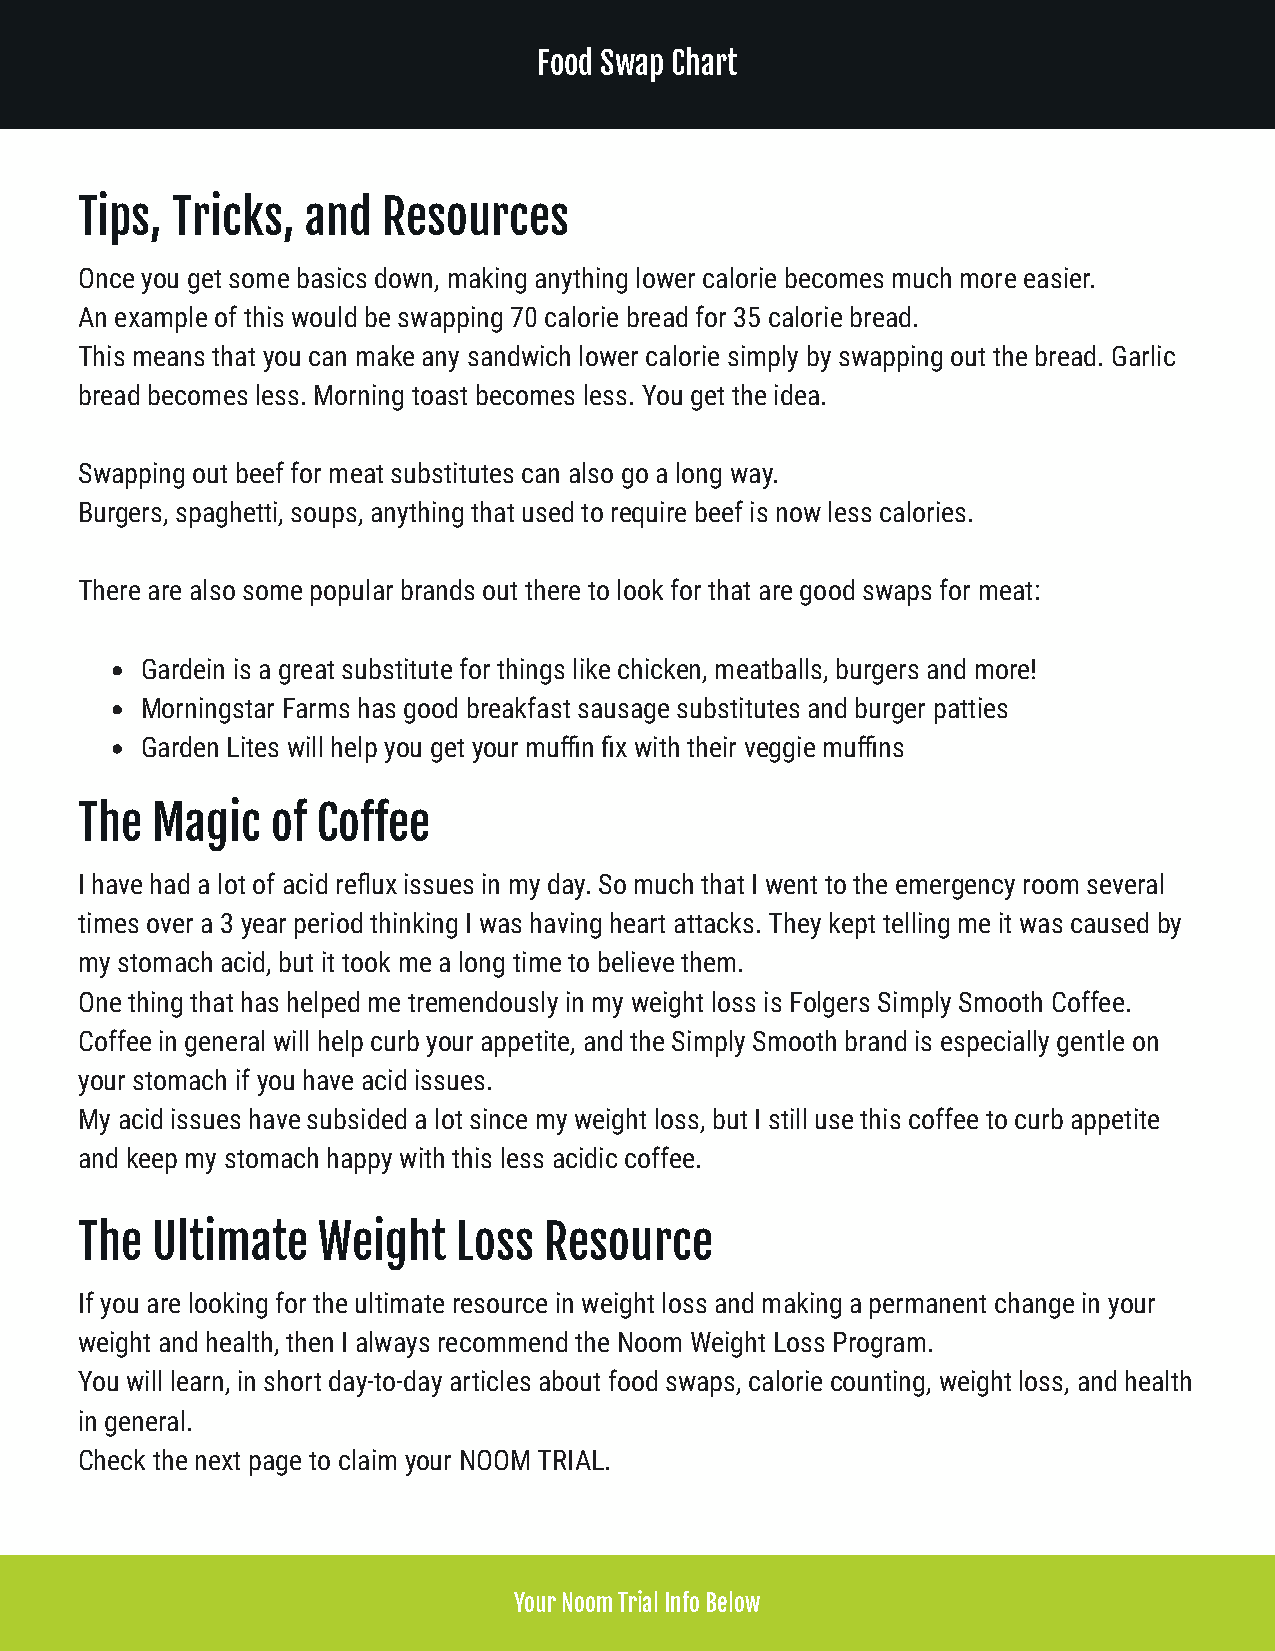
Food Swap Chart
 Tips, Tricks,  and  Resources
 Once you get some basics down, making anything lower calorie becomes much more easier.
 An example of this would be swapping 70 calorie bread for 35 calorie bread.
 This means that you can make any sandwich lower calorie simply by swapping out the bread. Garlic
 bread becomes less. Morning toast becomes less. You get the idea.
 Swapping out beef for meat substitutes can also go a long way.
 Burgers, spaghetti, soups, anything that used to require beef is now less calories.
 There are also some popular brands out there to look for that are good swaps for meat:
 Gardein is a great substitute for things like chicken, meatballs, burgers and more!
 Morningstar Farms has good breakfast sausage substitutes and burger patties
 Garden Lites will help you get your muffin fix with their veggie muffins
 The  Magic   of Coffee
 I have had a lot of acid reflux issues in my day. So much that I went to the emergency room several
 times over a 3 year period thinking I was having heart attacks. They kept telling me it was caused by
 my stomach acid, but it took me a long time to believe them.
 One thing that has helped me tremendously in my weight loss is Folgers Simply Smooth Coffee.
 Coffee in general will help curb your appetite, and the Simply Smooth brand is especially gentle on
 your stomach if you have acid issues.
 My acid issues have subsided a lot since my weight loss, but I still use this coffee to curb appetite
 and keep my stomach happy with this less acidic coffee.
 The  Ultimate   Weight   Loss  Resource
 If you are looking for the ultimate resource in weight loss and making a permanent change in your
 weight and health, then I always recommend the Noom Weight Loss Program.
 You will learn, in short day-to-day articles about food swaps, calorie counting, weight loss, and health
 in general.
 Check the next page to claim your NOOM TRIAL.
 Your Noom Trial Info Below